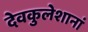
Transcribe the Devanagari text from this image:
देवकुलेशानां